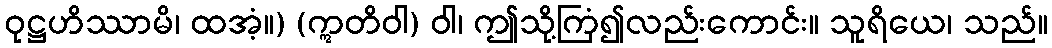
ဝုဋ္ဌဟိဿာမိ၊ ထအံ့။) (ဣတိဝါ) ဝါ၊ ဤသို့ကြံ၍လည်းကောင်း။ သူရိယေ၊ သည်။